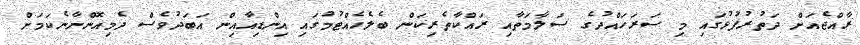
ރާއްޖެެއަށް ދަތުރުފުޅުގައި މި ސަރަހައްދުގެ ސަލާމަތާއި ރައްކާތެރިކަން ބެލެހެއްޓުމުގައި އިންޑިއާއިން އަބަދުވެސް ދެމިއޮންނާނެކަމަށް